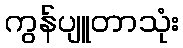
ကွန်ပျူတာသုံး